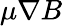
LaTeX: \mu\nabla B